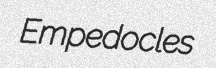
Empedocles